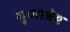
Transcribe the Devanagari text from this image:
गुणाश्रेय